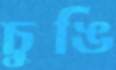
চুঙি